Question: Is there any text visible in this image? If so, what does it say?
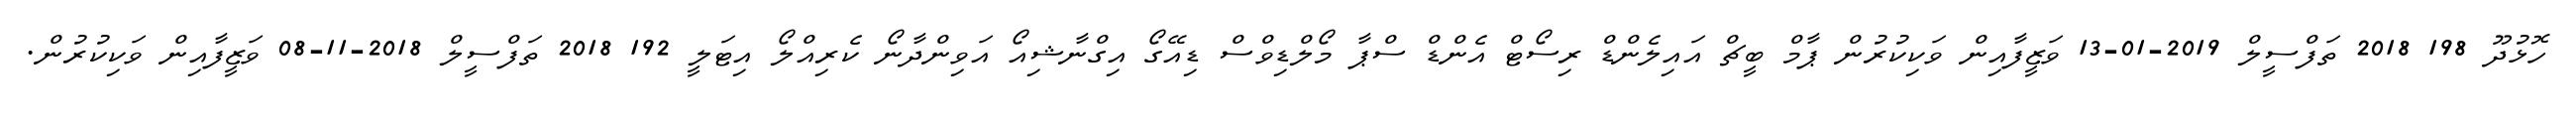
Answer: ހޮޅުދޫ 198 2018 ތަފްސީލް 2019-01-13 ވަޒީފާއިން ވަކިކުރުން ޕާމް ބީޗް އައިލެންޑް ރިސޯޓް އެންޑް ސްޕާ މޯލްޑިވްސް ޑިއޭގޯ އިގްނާޝިއޯ އަވިންދާނޯ ކެރިއްލޯ އިޓަލީ 192 2018 ތަފްސީލް 2018-11-08 ވަޒީފާއިން ވަކިކުރުން.